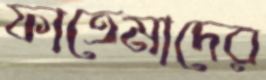
ফাতেমাদের